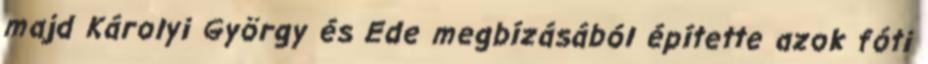
majd Károlyi György és Ede megbízásából építette azok fóti